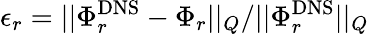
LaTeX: \epsilon_{r}={||\Phi_{r}^{\mathrm{DNS}}-\Phi_{r}||_{Q}}/{||\Phi_{r}^{\mathrm{DNS}}||_{Q}}